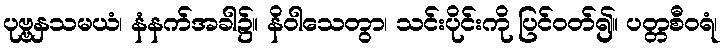
ပုဗ္ဗနှသမယံ၊ နံနက်အခါ၌။ နိဝါသေတွာ၊ သင်းပိုင်းကို ပြင်ဝတ်၍။ ပတ္တစီဝရံ၊